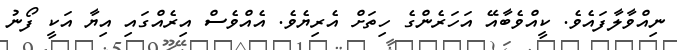
ނިއްވާލާފައެވެ. ކީއްވެބާއޭ އަހަރެންގެ ހިތަށް އެރިޔެވެ. އެއްވެސް އިރެއްގައި އިޔާ އަކީ ފޯނު